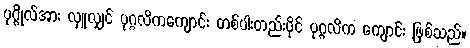
ပုဂ္ဂိုလ်အား လှူလျှင် ပုဂ္ဂလိကကျောင်း တစ်ပါးတည်းပိုင် ပုဂ္ဂလိက ကျောင်း ဖြစ်သည်။